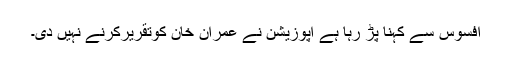
افسوس سے کہنا پڑ رہا ہے اپوزیشن نے عمران خان کوتقریرکرنے نہیں دی۔